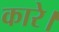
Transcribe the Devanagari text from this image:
कारे।